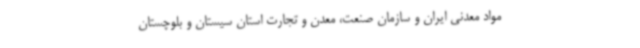
مواد معدنی ایران و سازمان صنعت، معدن و تجارت استان سیستان و بلوچستان